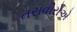
તસવીરોએ